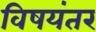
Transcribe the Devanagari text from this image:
विषयंतर